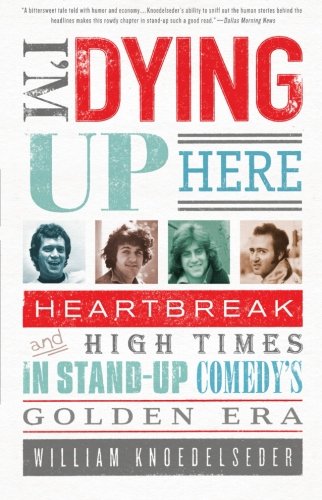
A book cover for I'm Dying Up Here: Heartbreak and High Times in Stand-Up Comedy's Golden Era; William Knoedelseder; Humor & Entertainment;